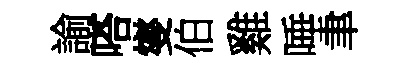
諭嗒燮伯雞唾聿